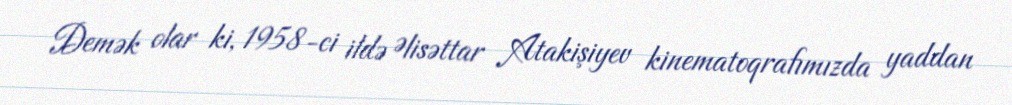
Demək olar ki, 1958-ci ildə Əlisəttar Atakişiyev kinematoqrafımızda yaddan